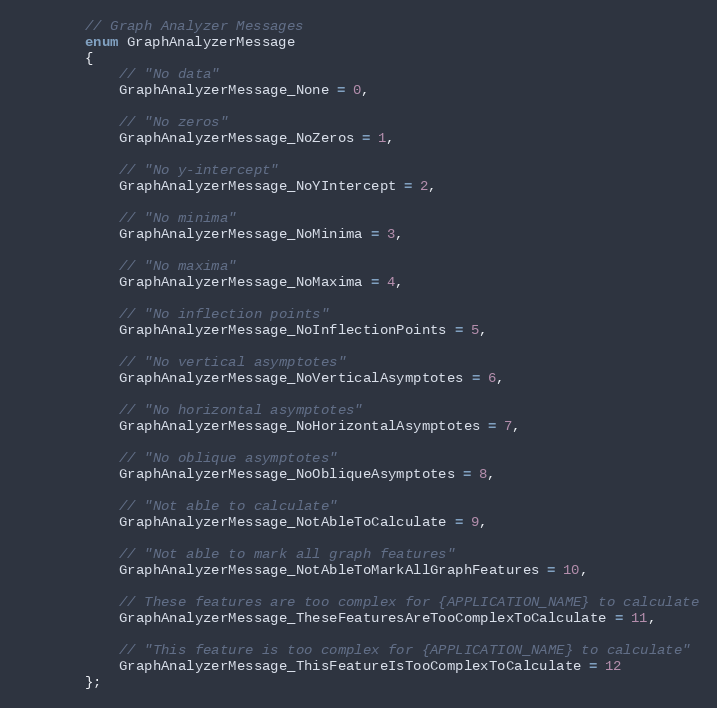
Language: C
        // Graph Analyzer Messages
        enum GraphAnalyzerMessage
        {
            // "No data"
            GraphAnalyzerMessage_None = 0,

            // "No zeros"
            GraphAnalyzerMessage_NoZeros = 1,

            // "No y-intercept"
            GraphAnalyzerMessage_NoYIntercept = 2,

            // "No minima"
            GraphAnalyzerMessage_NoMinima = 3,

            // "No maxima"
            GraphAnalyzerMessage_NoMaxima = 4,

            // "No inflection points"
            GraphAnalyzerMessage_NoInflectionPoints = 5,

            // "No vertical asymptotes"
            GraphAnalyzerMessage_NoVerticalAsymptotes = 6,

            // "No horizontal asymptotes"
            GraphAnalyzerMessage_NoHorizontalAsymptotes = 7,

            // "No oblique asymptotes"
            GraphAnalyzerMessage_NoObliqueAsymptotes = 8,

            // "Not able to calculate"
            GraphAnalyzerMessage_NotAbleToCalculate = 9,

            // "Not able to mark all graph features"
            GraphAnalyzerMessage_NotAbleToMarkAllGraphFeatures = 10,

            // These features are too complex for {APPLICATION_NAME} to calculate
            GraphAnalyzerMessage_TheseFeaturesAreTooComplexToCalculate = 11,

            // "This feature is too complex for {APPLICATION_NAME} to calculate"
            GraphAnalyzerMessage_ThisFeatureIsTooComplexToCalculate = 12
        };